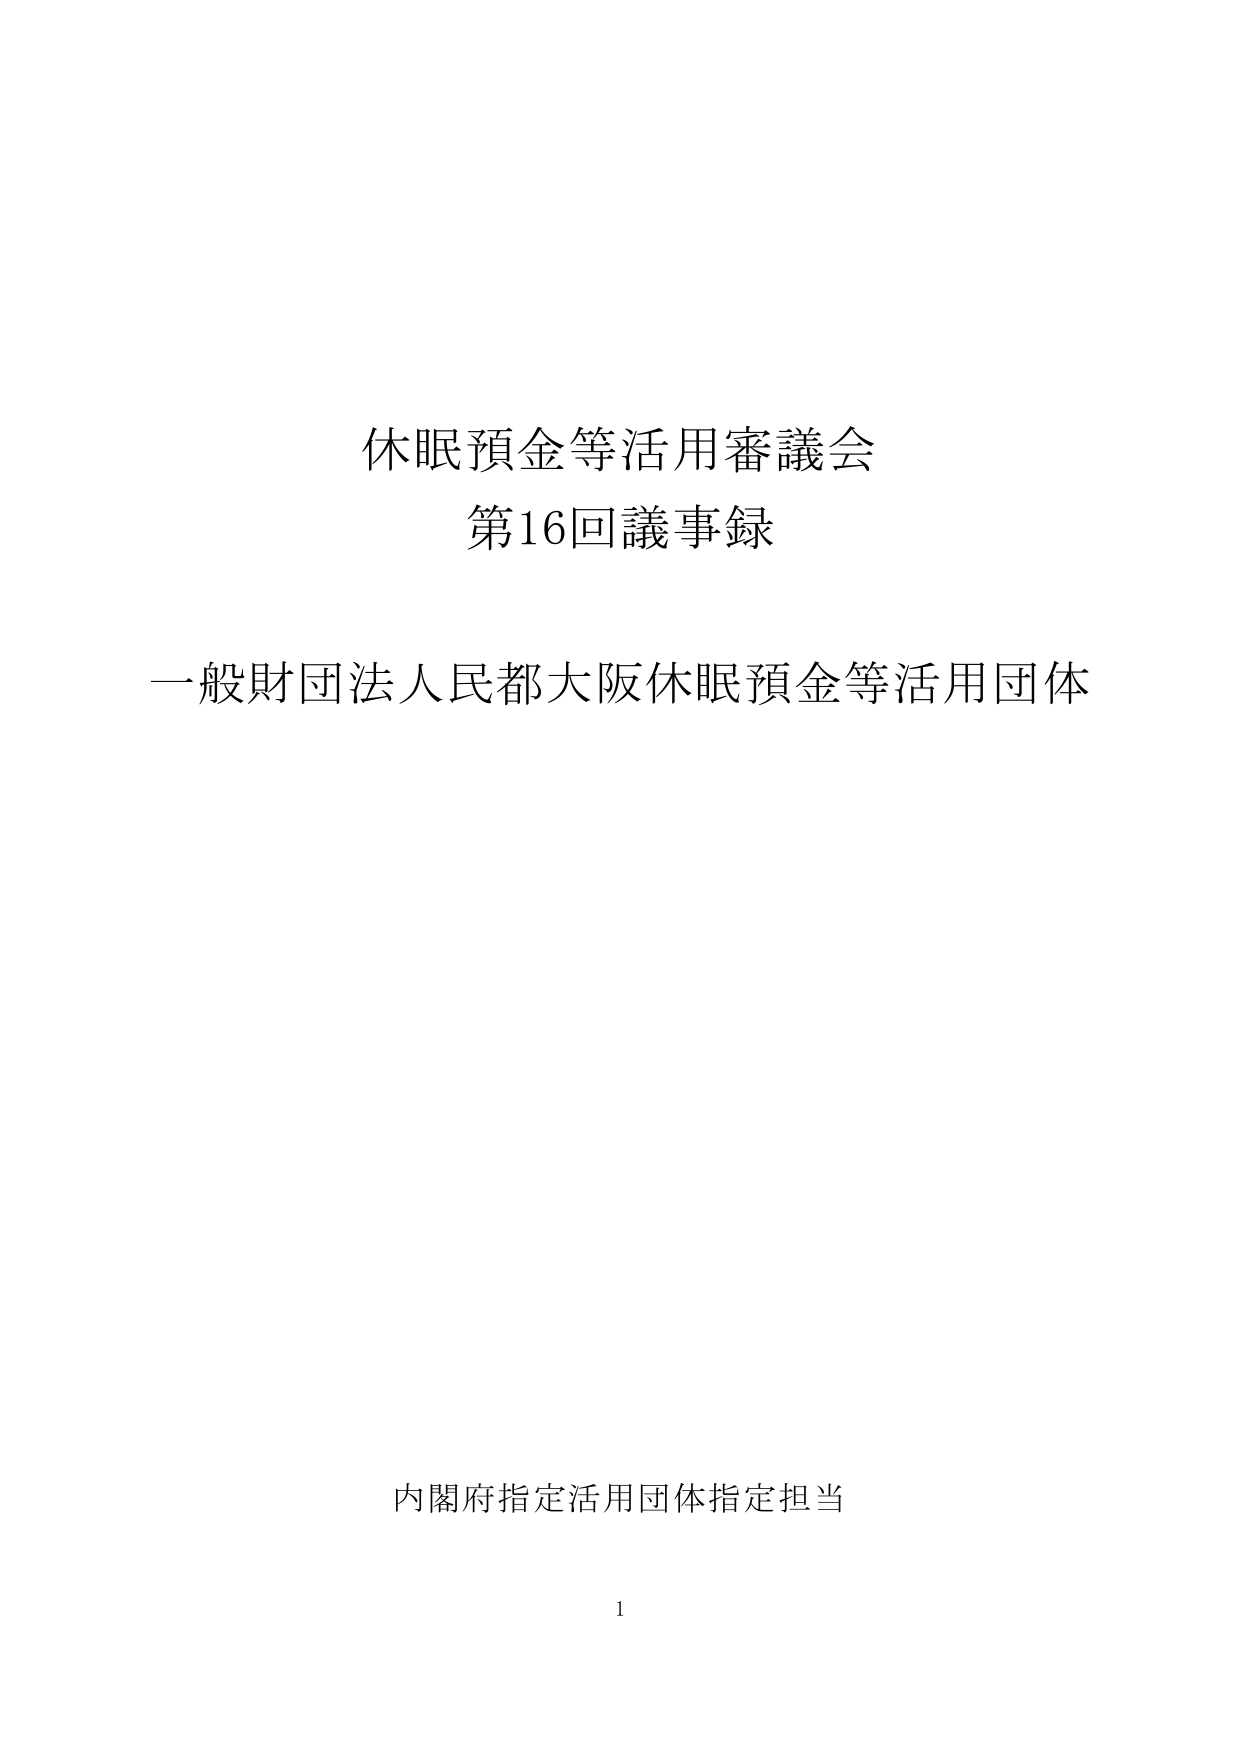
休眠預金等活用審議会
第16回議事録

一般財団法人民都大阪休眠預金等活用団体

内閣府指定活用団体指定担当

1